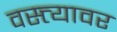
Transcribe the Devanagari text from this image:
वस्त्त्यावर